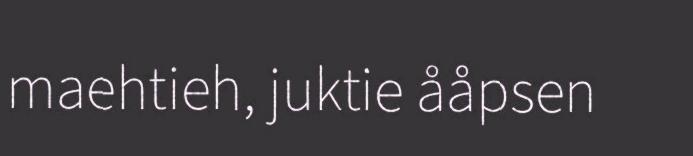
maehtieh, juktie ååpsen